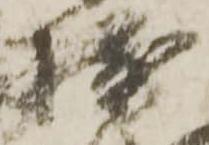
摂